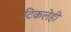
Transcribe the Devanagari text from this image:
टिकलेही